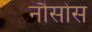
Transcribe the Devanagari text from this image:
नौसोस